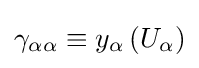
\gamma _{\alpha \alpha }\equiv y_{\alpha }\left(U_{\alpha }\right)